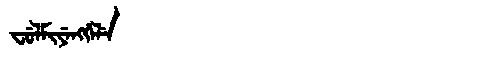
Manchu: ᠸᡠᠯᠮᡳᠶᡝᠩᡤᡝᠯᡝ
Romanization: FULMIYENGGELE